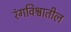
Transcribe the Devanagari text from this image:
रंगविश्वातील